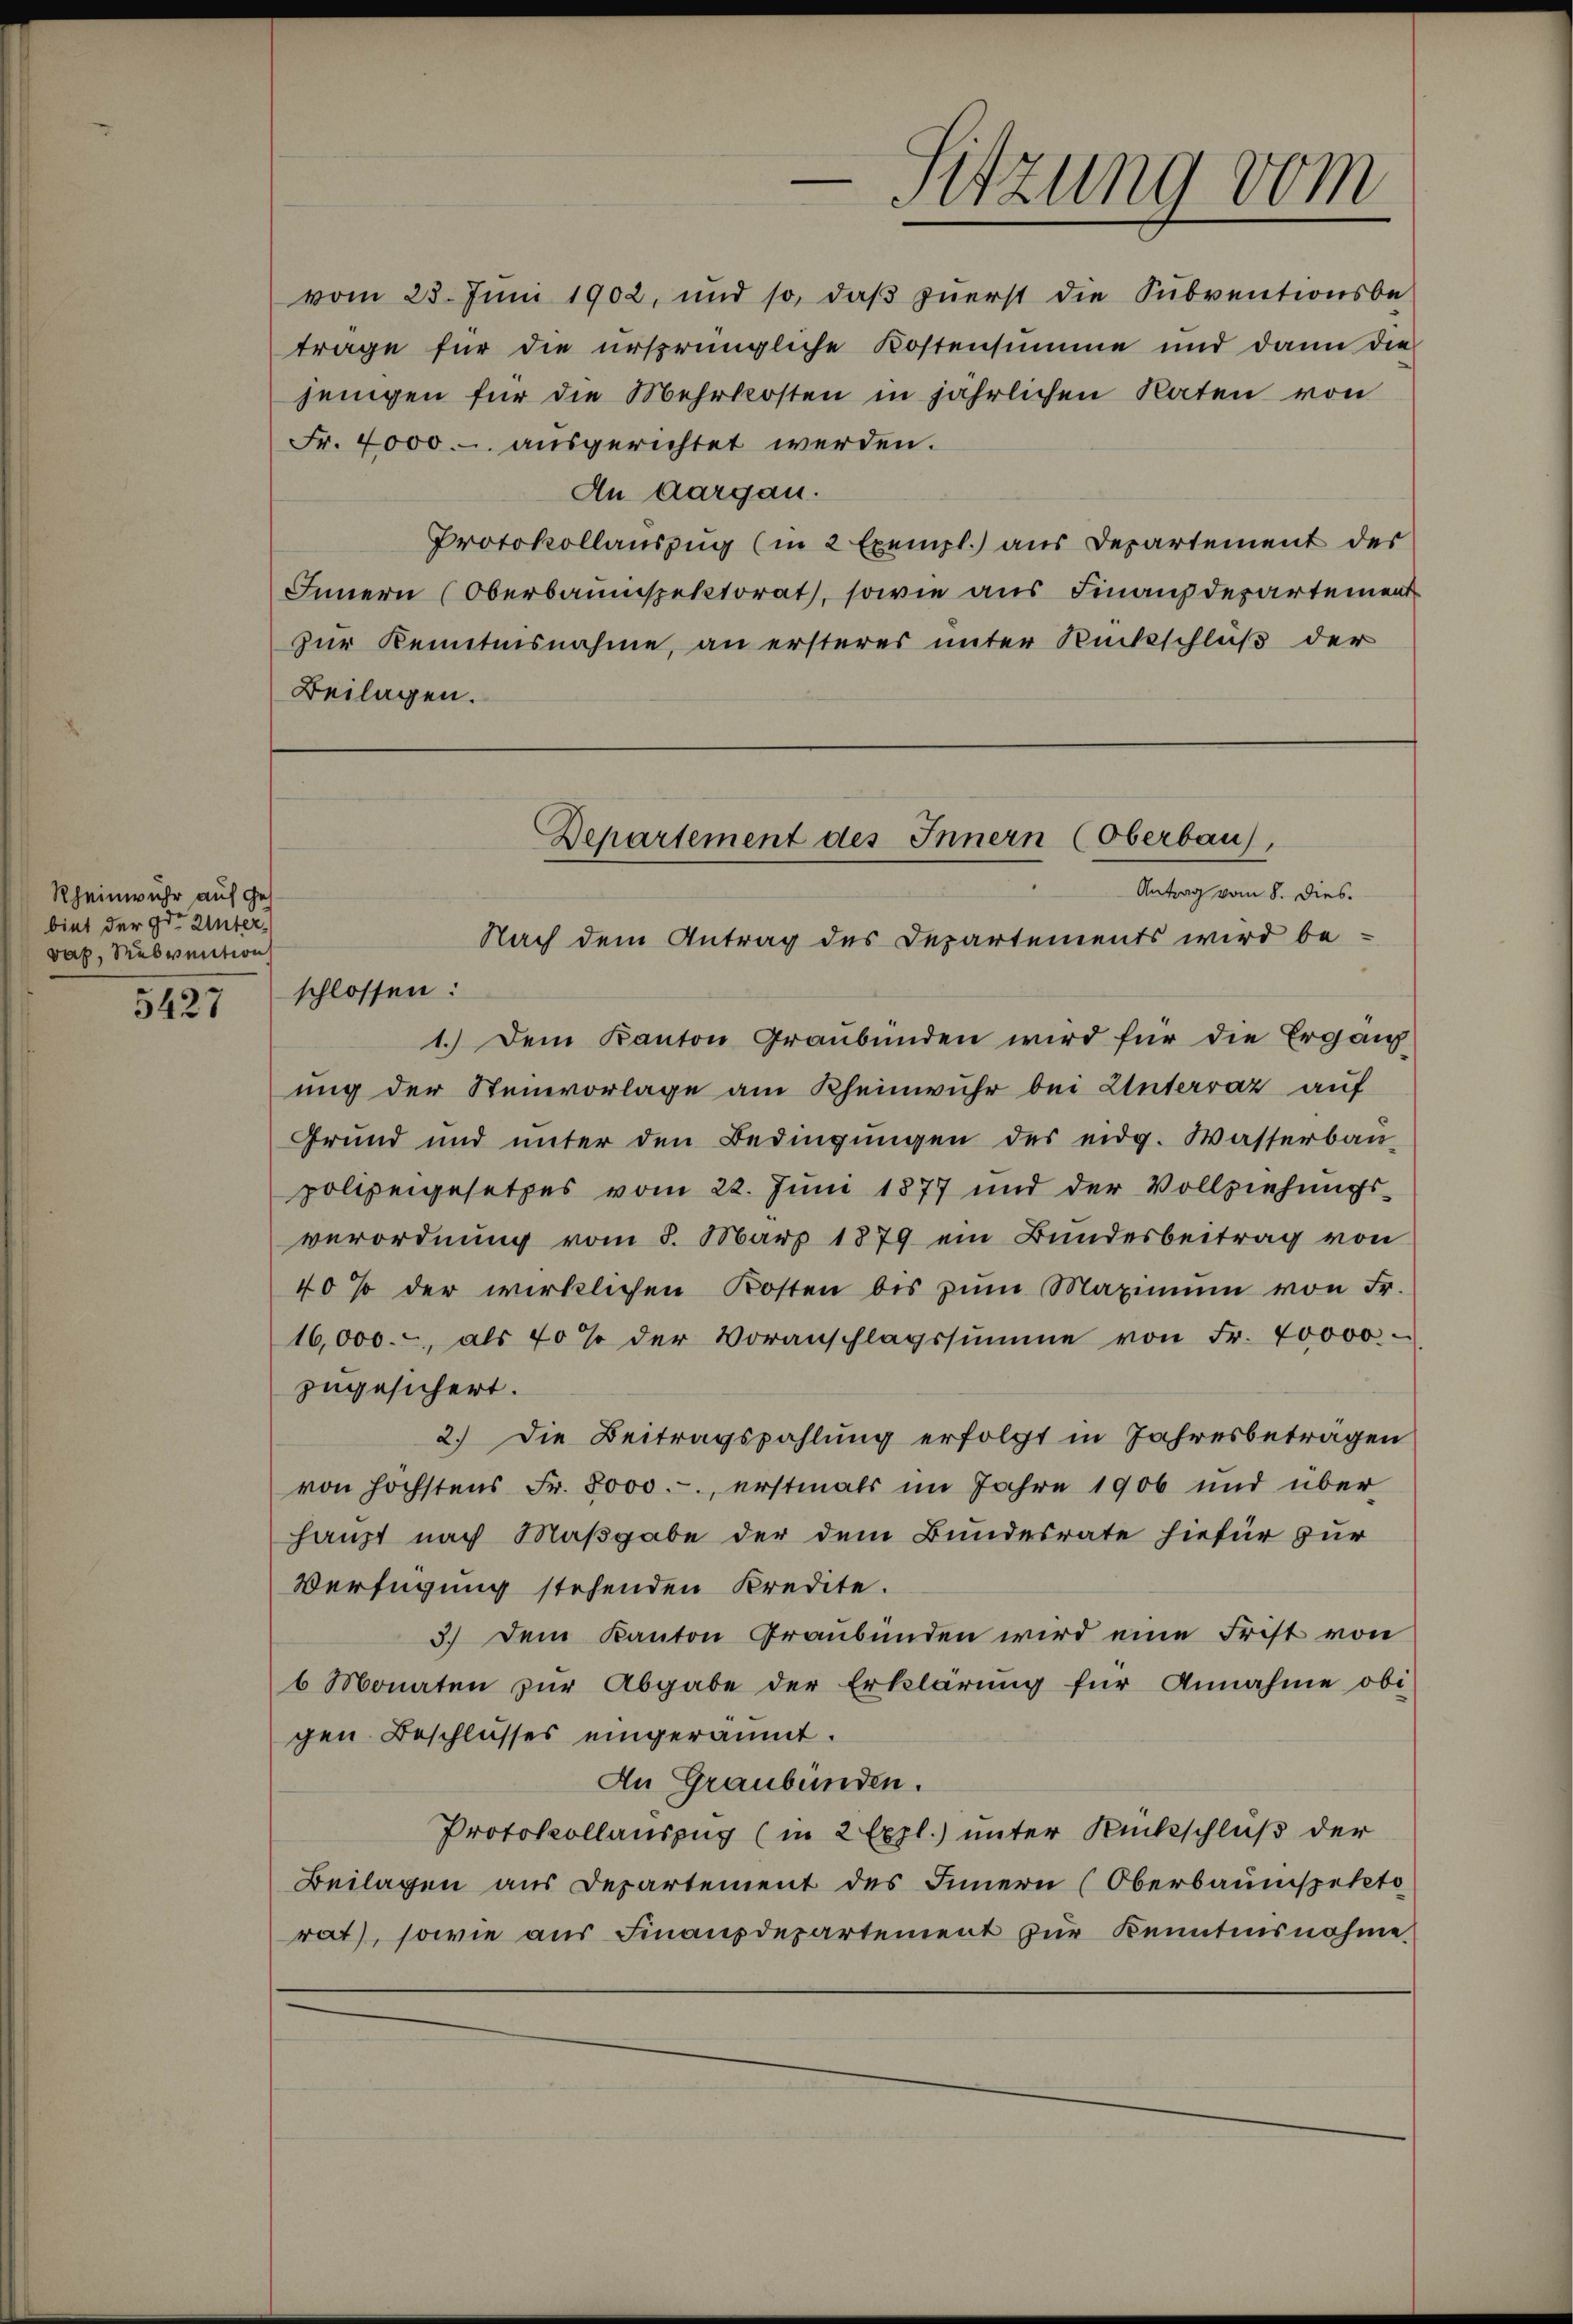
Rheinwuhr auf ges
biet der Hr. Unterdah, Subvention

5427

vom 23. Juni 1902, und so, daβ zŭerst die Subventionsbe-
trage für die ursprüngliche Kostensumme und dann die
jenigen für die Mehrkosten in jährlichen Raten von
Fr. 4000.- ausgerichtet werden.
An aargau.
Protokollauszug (in 2 Exempl. aus Departement der
Innern (Oberbauinspektorat, sowie aus Finanzdepartement
zur Kenntnisnahme, an ersteres unter Rückschluß der
Beilagen.

Sitzung vom

Departement des Innern (Oberbau),
Antrag vom 8. dies.
Nach dem Antrag des Departements wird be¬

schlossen:
1.) Dem Kanton Graubünden wird für die Ergänzung der Steinvorlage am Rheinwuhr bei Untervaz auf
Grund und unter den Bedingungen des eidg. Wasserbau-
polizeigesetzes vom 22. Juni 1877 und der Vollziehungs-
verordnung vom 8. März 1879 ein Bundesbeitrag von
40 % der wirklichen Kosten bis zŭm Maximŭm von Fr.
16,000.- als 70 % der Voranschlagssumme von Fr. 40000
zugesichert.
2.) Die Beitragszahlung erfolgt in Jahresbeträgen
von höchstens Fr. 8000.-, erstmals im Jahre 1906 und über
haupt nach Maßgabe der dem Bundesrate hiefür zur
Verfügung stehenden Kredite.
3.) Dem Kanton Graubünden wird eine Frist von
6 Monaten zŭr Abgabe der Erklärŭng für Annahme obi
gen Beschlusses eingeräumt.
An Graubünden.
Protokollauszug (in 2 Expl.) unter Rückschluß der
Beilagen aus Departement des Innern (Oberbaumspekto
rat, sowie aus Finanzdepartement zur Kenntnisnahme